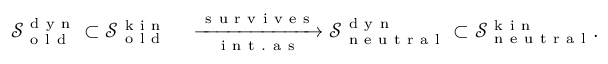
\begin{array} { r l } { \mathcal { S } _ { \mathrm { ~ o ~ l ~ d ~ } } ^ { \mathrm { ~ d ~ y ~ n ~ } } \subset \mathcal { S } _ { \mathrm { ~ o ~ l ~ d ~ } } ^ { \mathrm { ~ k ~ i ~ n ~ } } } & { { } \xrightarrow [ \mathrm { ~ i ~ n ~ t ~ . ~ a ~ s ~ } ] { \mathrm { ~ s ~ u ~ r ~ v ~ i ~ v ~ e ~ s ~ } } \mathcal { S } _ { \mathrm { ~ n ~ e ~ u ~ t ~ r ~ a ~ l ~ } } ^ { \mathrm { ~ d ~ y ~ n ~ } } \subset \mathcal { S } _ { \mathrm { ~ n ~ e ~ u ~ t ~ r ~ a ~ l ~ } } ^ { \mathrm { ~ k ~ i ~ n ~ } } . } \end{array}